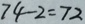
7 4 - 2 = 7 2